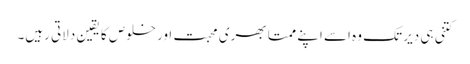
کتنی ہی دیر تک وہ اسے اپنے ممتا بھری محبت اور خلوص کا یقین دلاتی رہیں۔